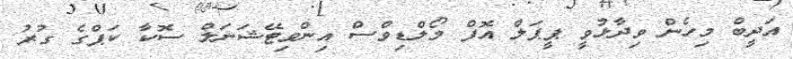
އަދީބް މިހެން ވިދާޅުވީ ޕީޕަލް އޮފް މޯލްޑިވްސް އިންވިޓޭޝަނަލް ސޮކާ ކަޕްގެ ގުރު